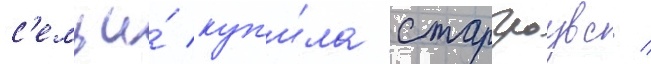
с'емьи́ куп'и́ла старгроувс /